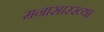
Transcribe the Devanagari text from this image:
मनासारख्या